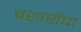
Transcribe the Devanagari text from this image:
बखरींचा